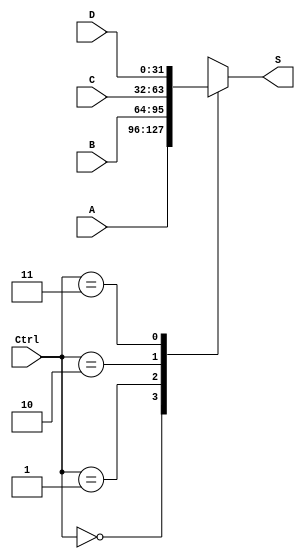
`timescale 1ns / 1ps
//////////////////////////////////////////////////////////////////////////////////
// Company: 
// Engineer: 
// 
// Design Name: 
// Module Name:    clock_mux_4 
// Project Name: 
// Target Devices: 
// Tool versions: 
// Description: 
//
// Dependencies: 
//
// Revision: 
// Revision 0.01 - File Created
// Additional Comments: 
//
//////////////////////////////////////////////////////////////////////////////////
module clock_mux_4(S, Ctrl, A, B, C, D);
	parameter N=32;
	input wire[N-1:0] A, B, C, D;
	input wire [1:0] Ctrl;
	output reg [N-1:0] S;
	
	always @* begin
	  case (Ctrl)
	    2'b00: S=A;
		 2'b01: S=B;
		 2'b10: S=C;
		 2'b11: S=D;
	  endcase
	end
endmodule